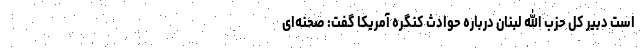
است دبیر کل حزب الله لبنان درباره حوادث کنگره آمریکا گفت: صحنه‌ای